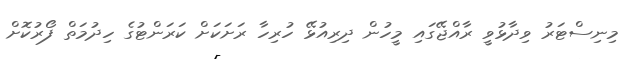
މިނިސްޓަރު ވިދާޅުވީ ރާއްޖޭގައި މީހުން ދިރިއުޅޭ ހުރިހާ ރަށަކަށް ކަރަންޓުގެ ހިދުމަތް ފޯރުކޮށް